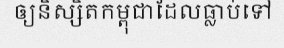
ឲ្យនិស្សិតកម្ពុជាដែលធ្លាប់ទៅ